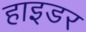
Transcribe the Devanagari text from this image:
हाइडर